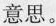
意思。